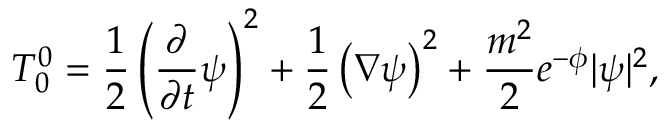
T _ { 0 } ^ { 0 } = \frac { 1 } { 2 } \left( \frac { \partial } { \partial t } \psi \right) ^ { 2 } + \frac { 1 } { 2 } \left( \nabla \psi \right) ^ { 2 } + \frac { m ^ { 2 } } { 2 } e ^ { - \phi } | \psi | ^ { 2 } ,